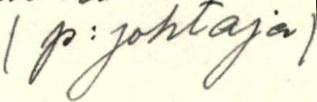
(p:johtaja)